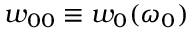
w _ { 0 0 } \equiv { w _ { 0 } ( \omega _ { 0 } ) }